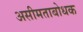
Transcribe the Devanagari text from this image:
असीमताबोधक